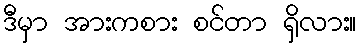
ဒီမှာ အားကစား စင်တာ ရှိလား။